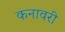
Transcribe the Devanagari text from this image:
कनावरी